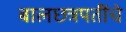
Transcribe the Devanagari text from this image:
बालछत्रपतींचे